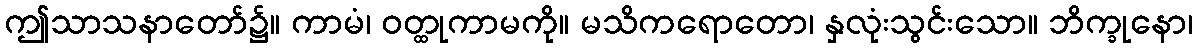
ဤသာသနာတော်၌။ ကာမံ၊ ဝတ္ထုကာမကို။ မသိကရောတော၊ နှလုံးသွင်းသော။ ဘိက္ခုနော၊